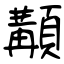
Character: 顜